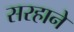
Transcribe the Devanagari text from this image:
सरहाने